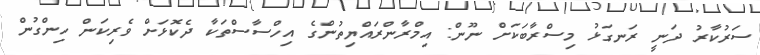
ސަރުކާރު ދަނީ ރަނގަޅު މިސްރާބަކަށް ނޫން: އިމްރާންރައްޔިތުންގެ އިހްސާސްތަކާ ދެކޮޅަށް ވެރިކަން ހިންގުން